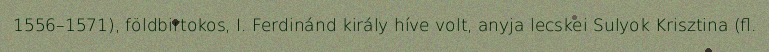
1556–1571), földbirtokos, I. Ferdinánd király híve volt, anyja lecskei Sulyok Krisztina (fl.